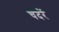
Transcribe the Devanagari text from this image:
चदरें